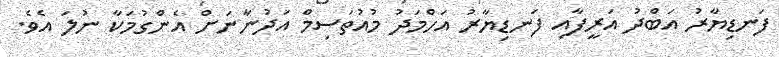
ފަނޑިޔާރު އަބްދު އަރީފާއި ފަނޑިޔާރު އަހްމަދު މުއުތަސިމް އަދުނާނަށް އެންގުމަކާ ނުލަ އެވެ.